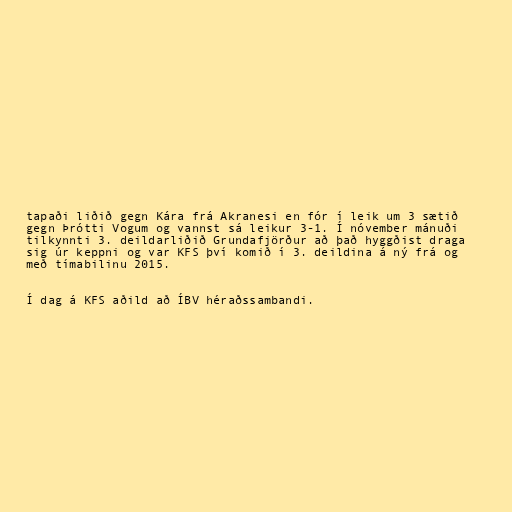
tapaði liðið gegn Kára frá Akranesi en fór í leik um 3 sætið
gegn Þrótti Vogum og vannst sá leikur 3-1. Í nóvember mánuði
tilkynnti 3. deildarliðið Grundafjörður að það hyggðist draga
sig úr keppni og var KFS því komið í 3. deildina á ný frá og
með tímabilinu 2015.

Í dag á KFS aðild að ÍBV héraðssambandi.